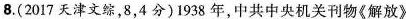
8.（2017天津文综，8,4分）1983年，中共中央机关刊物《解放》